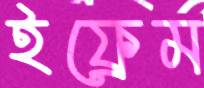
ইফ্রেম